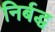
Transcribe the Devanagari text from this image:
निर्बद्ध